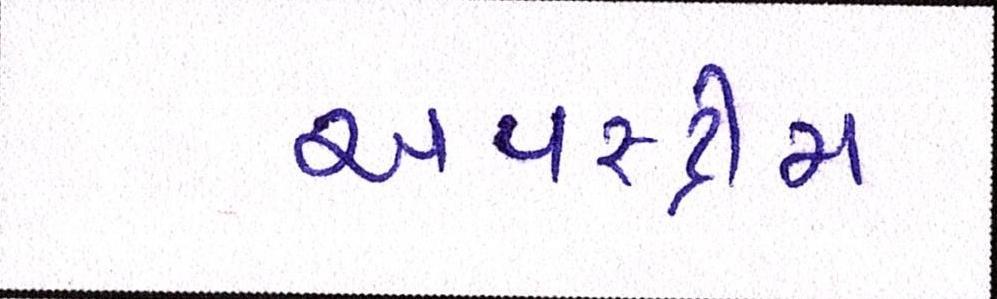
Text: અપસ્ટ્રીમ